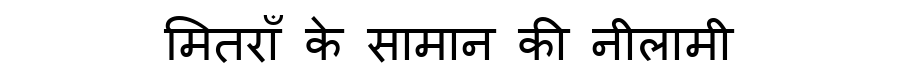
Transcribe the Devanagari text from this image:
मितराँ के सामान की नीलामी